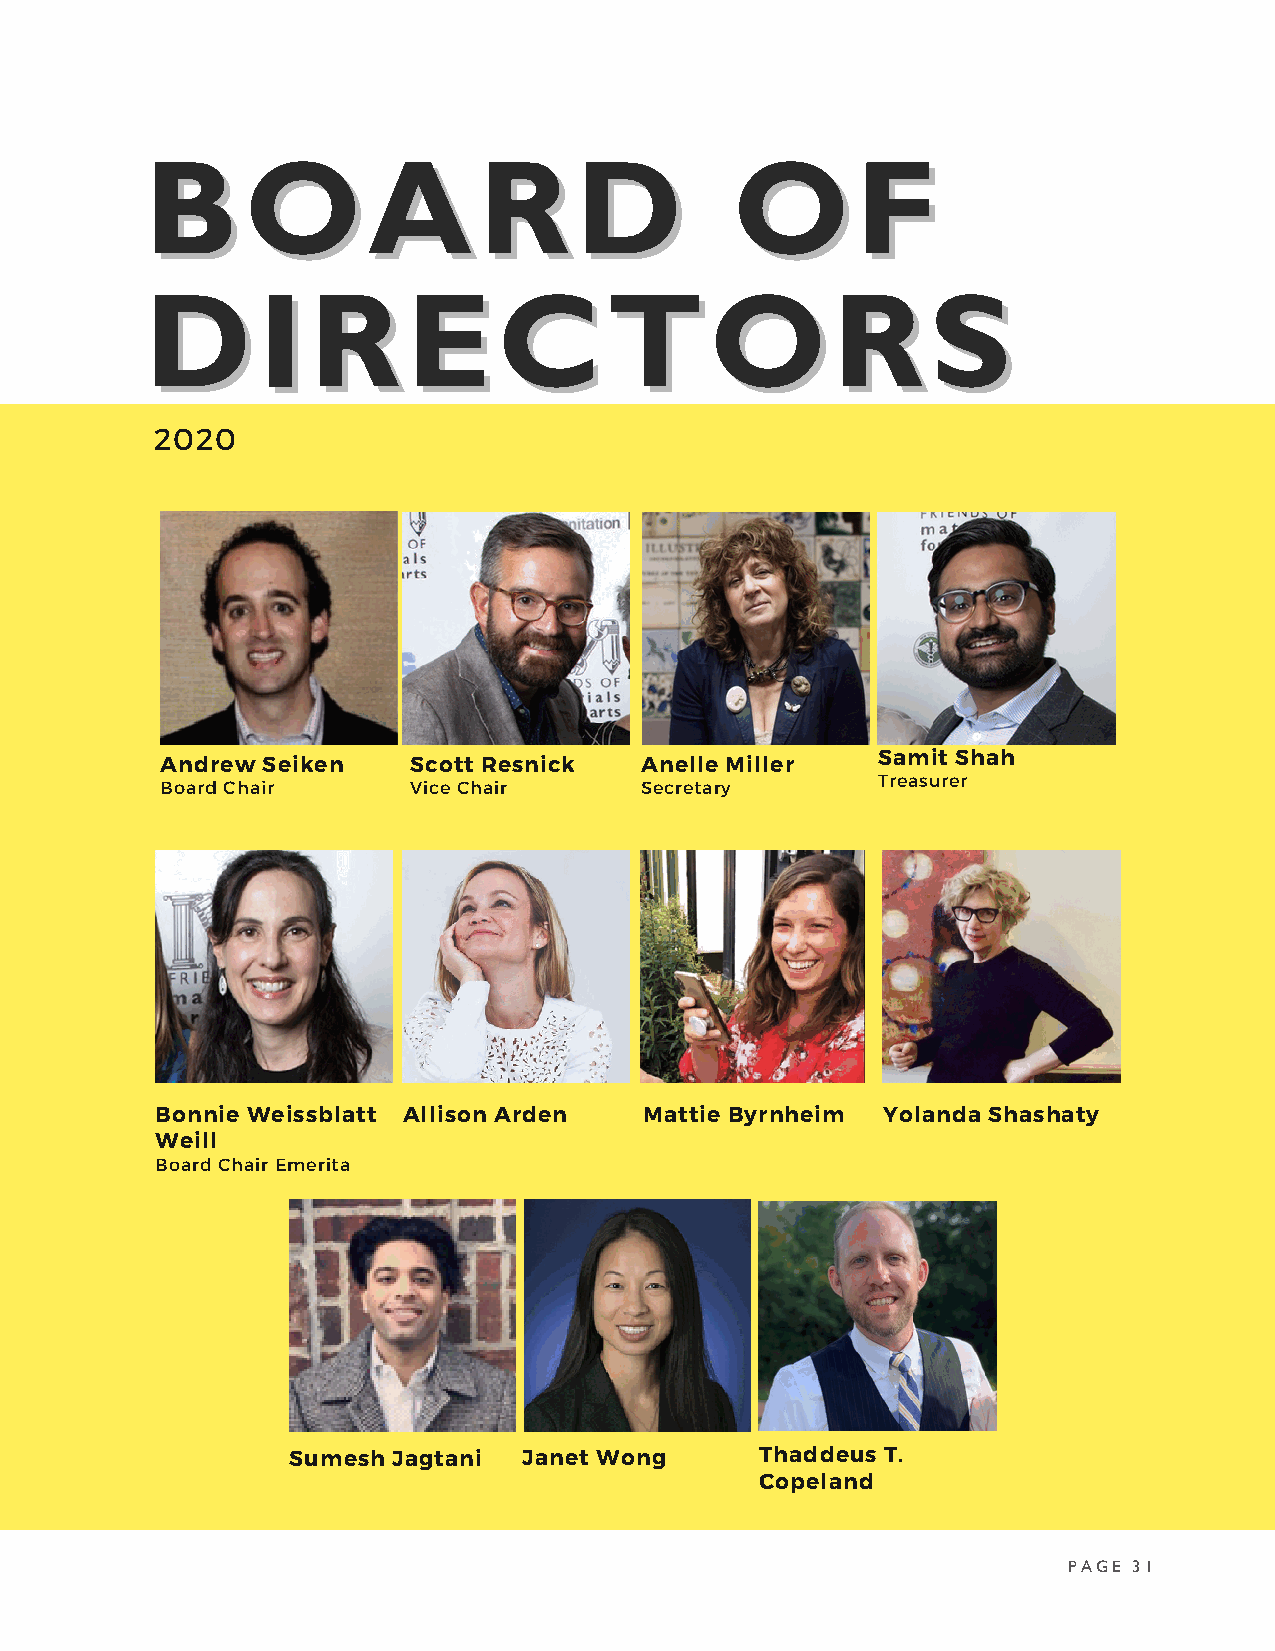
BBOOAARRDD                             OOFF
 DDIIRREECCTTOORRSS
 2020
 Samit Shah
 Andrew Seiken   Scott Resnick  Anelle Miller
 Treasurer
 Board Chair     Vice Chair     Secretary
 Bonnie Weissblatt Allison Arden  Mattie Byrnheim Yolanda Shashaty
 Weill
 Board Chair Emerita
 Sumesh Jagtani  Janet Wong     Thaddeus T.
 Copeland
 PAGE 31